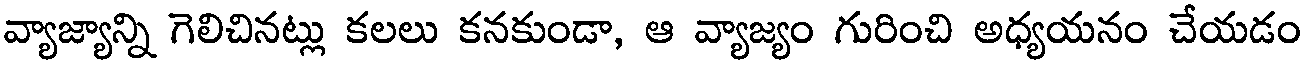
వ్యాజ్యాన్ని గెలిచినట్లు కలలు కనకుండా, ఆ వ్యాజ్యం గురించి అధ్యయనం చేయడం